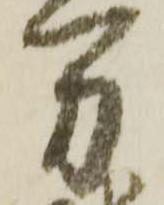
万